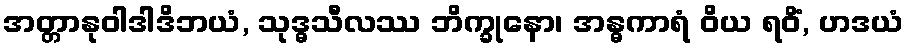
အတ္တာနုဝါဒါဒိဘယံ, သုဒ္ဓသီလဿ ဘိက္ခုနော၊ အန္ဓကာရံ ဝိယ ရဝိံ, ဟဒယံ